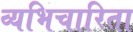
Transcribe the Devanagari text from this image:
व्यभिचारिता